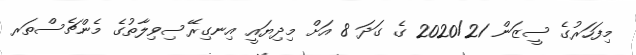
މިފަހަރުގެ ސީޒަން 2020/21 ގެ ގަދަ 8 އަށް މިދިޔައީ އިނގިރޭސިވިލާތުގެ މެންޗެސްތަރ